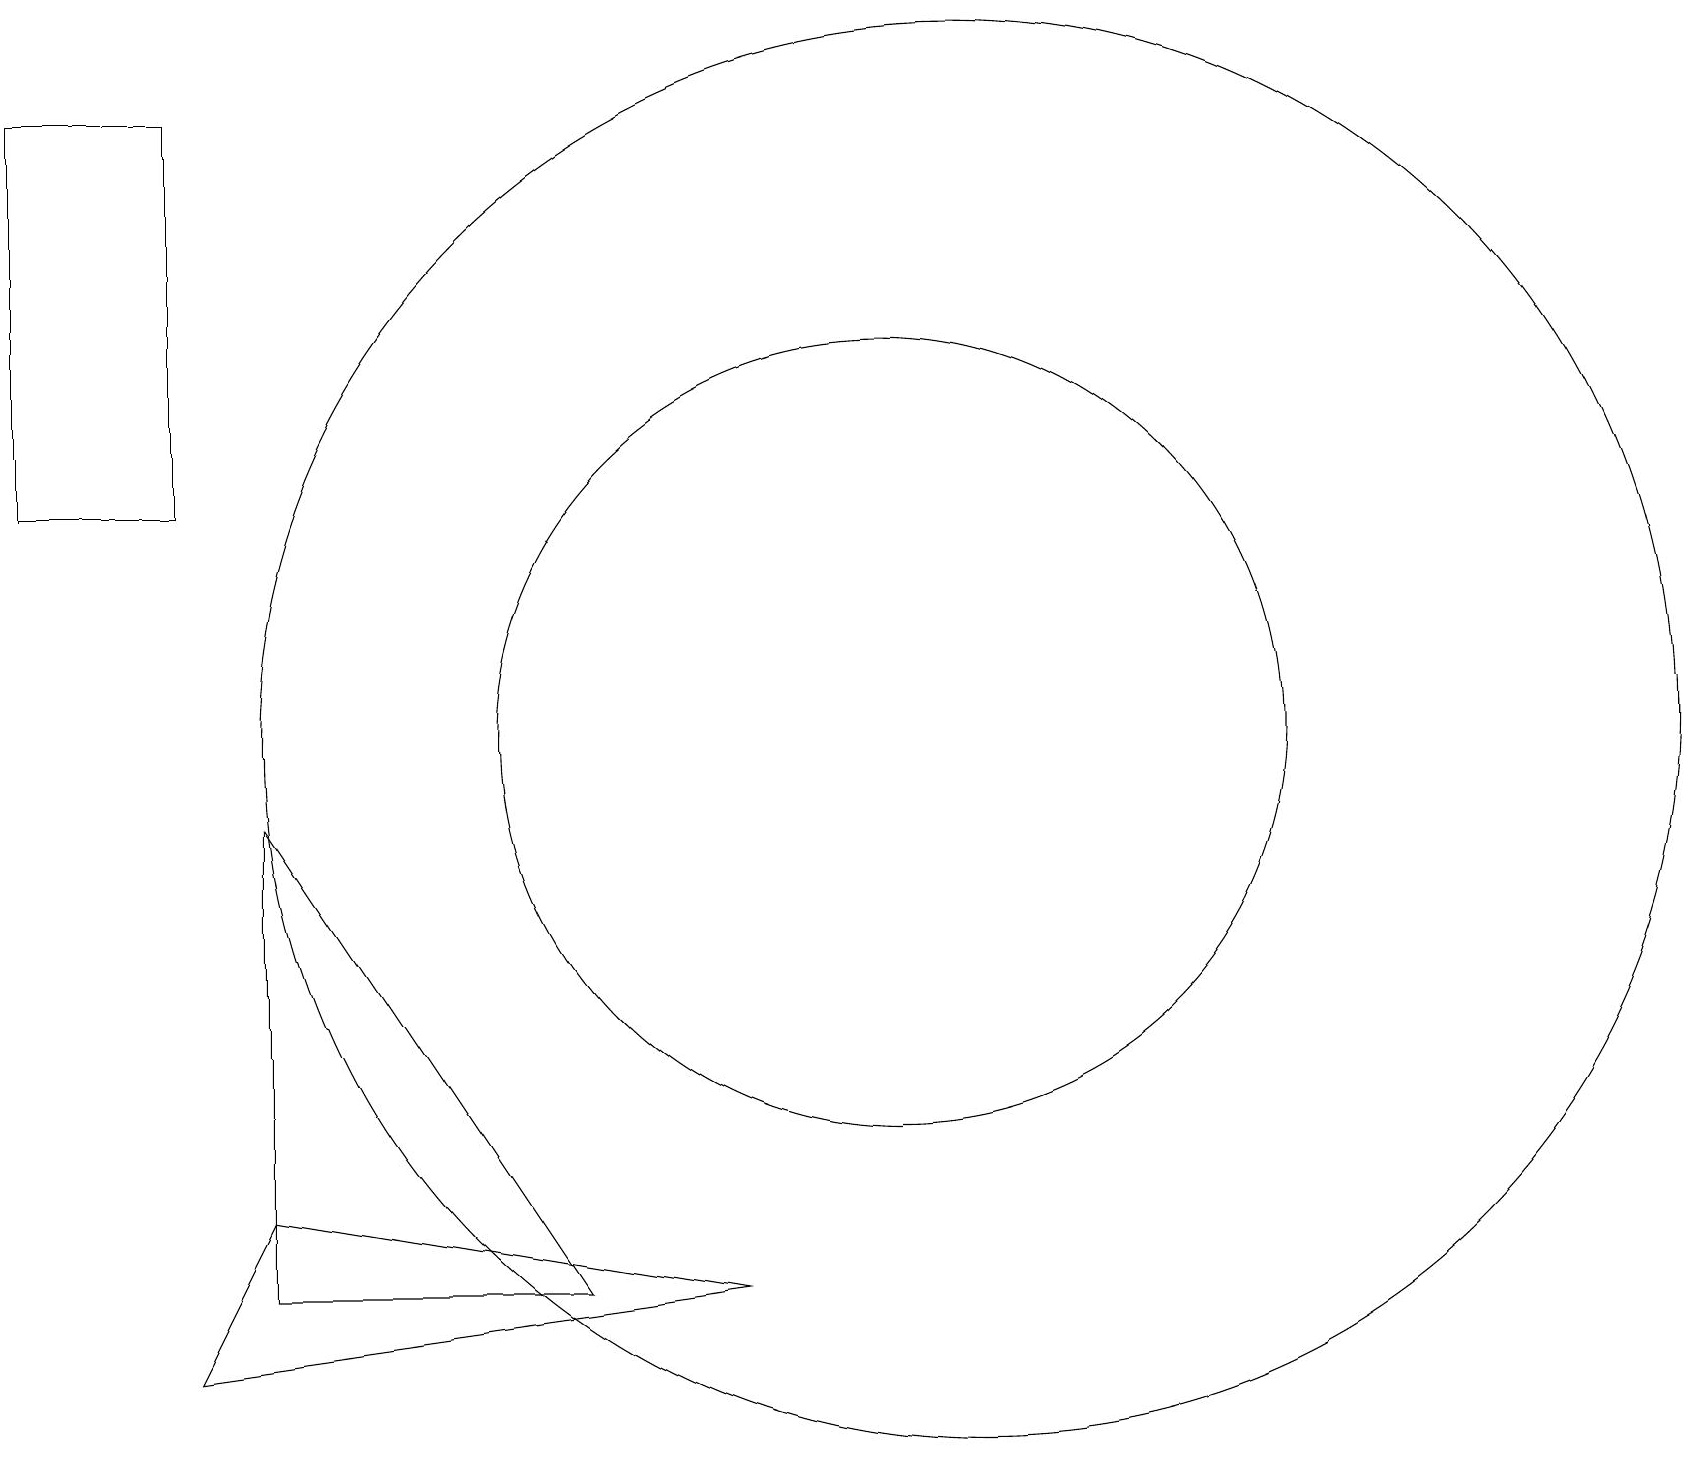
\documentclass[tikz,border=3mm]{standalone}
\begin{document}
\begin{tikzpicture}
\draw (9,3) -- (3,4) -- (2,2) -- cycle;
\draw (0,18) rectangle (2,13);
\draw (7,3) -- (3,9) -- (3,3) -- cycle;
\draw (11,10) circle (5);
\draw (12,10) circle (9);
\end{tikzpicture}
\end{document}